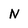
Character: N